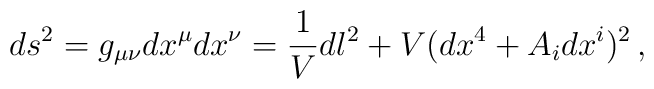
ds^{2}=g_{\mu\nu}dx^{\mu}dx^{\nu}=\frac{1}{V}dl^{2}+V(dx^{4}+A_{i}dx^{i})^{2}\,,